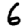
Digit: 6